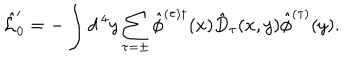
\hat { \cal L } _ { 0 } ^ { \prime } = - \int d ^ { \, 4 } y \sum _ { \tau = \pm } \hat { \phi } ^ { ( \tau ) \dagger } ( x ) \hat { D } _ { \tau } ( x , y ) \hat { \phi } ^ { ( \tau ) } ( y ) .